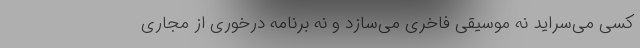
کسی می‌سراید نه موسیقی فاخری می‌سازد و نه برنامه درخوری از مجاریِ